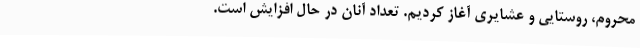
محروم، روستایی و عشایری آغاز کردیم. تعداد آنان در حال افزایش است.